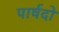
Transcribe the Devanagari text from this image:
पार्षदो